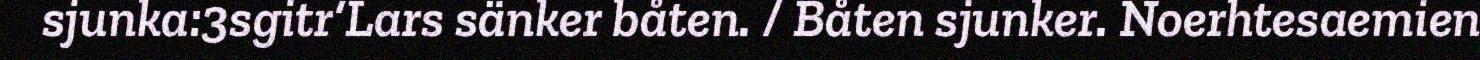
sjunka:3sgitr‘Lars sänker båten. / Båten sjunker. Noerhtesaemien